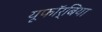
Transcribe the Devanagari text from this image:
यूफॉर्बिया